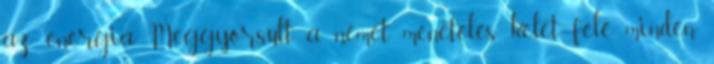
az energia. Meggyorsult a német menetelés kelet felé minden